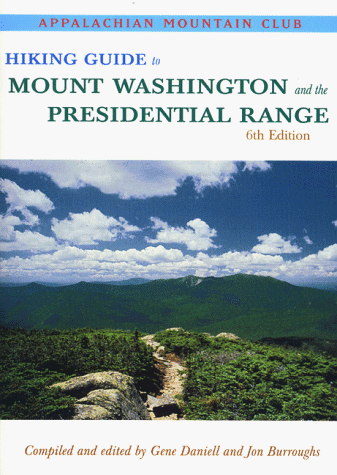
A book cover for Hiking Guide to Mount Washington & the Presidential Range, 6th; Travel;